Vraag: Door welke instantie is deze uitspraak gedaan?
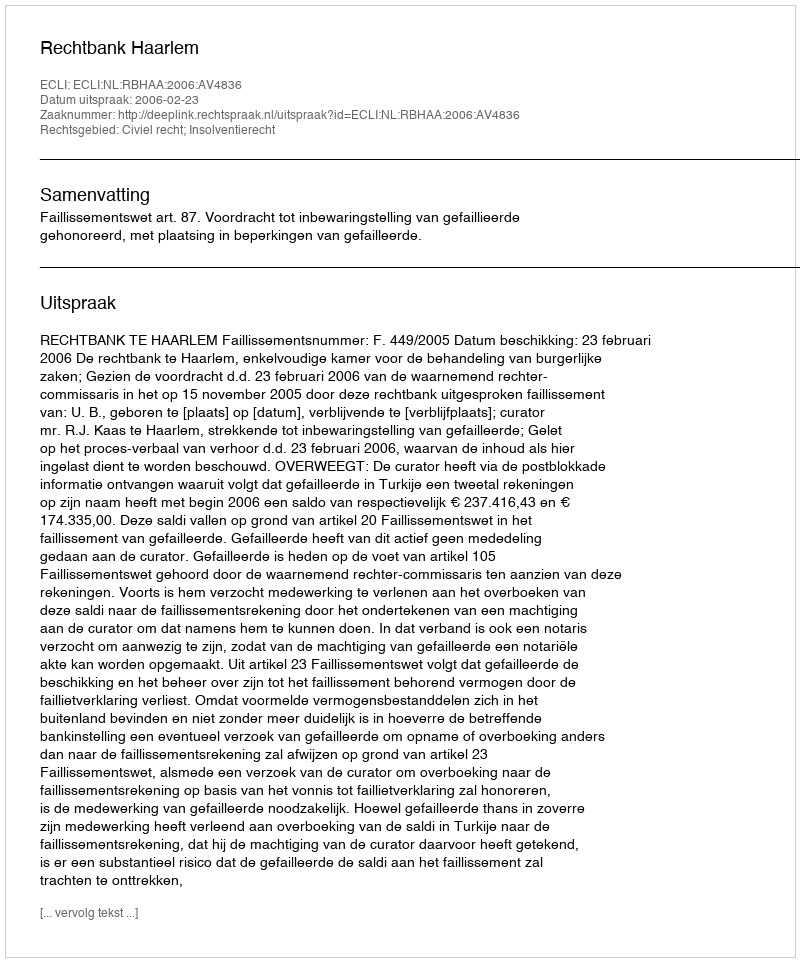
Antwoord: Rechtbank Haarlem